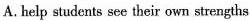
A.help students see their own strengths